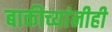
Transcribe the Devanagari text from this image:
बाकीच्यांनीही